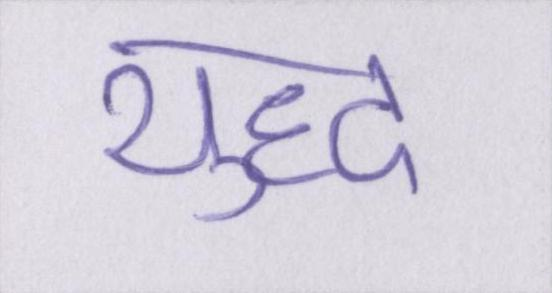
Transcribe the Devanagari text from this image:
युध्द